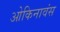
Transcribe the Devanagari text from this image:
ओकिनावंस